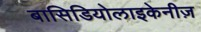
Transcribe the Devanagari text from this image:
बासिडियोलाइकेनीज़